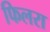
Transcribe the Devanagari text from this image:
फिलरा